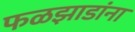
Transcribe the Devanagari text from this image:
फळझाडांना